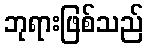
ဘုရားဖြစ်သည်